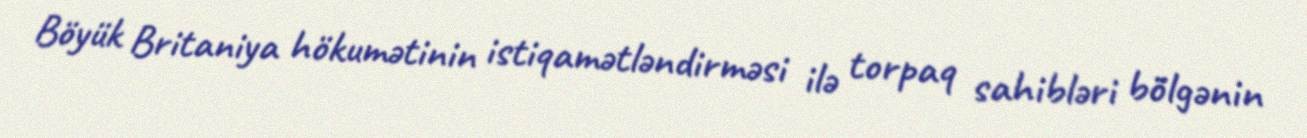
Böyük Britaniya hökumətinin istiqamətləndirməsi ilə torpaq sahibləri bölgənin